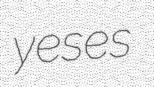
yeses